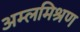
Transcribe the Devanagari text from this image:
अम्लमिश्रण